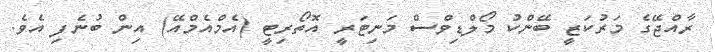
ރާއްޖޭގެ މަރުކަޒީ ބޭންކު މޯލްޑިވްސް މަނިޓަރީ އޮތޯރިޓީ (އެމްއެމްއޭ) އިން ބުނެފި އެވެ.